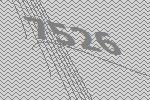
7526